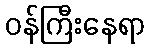
ဝန်ကြီးနေရာ